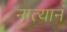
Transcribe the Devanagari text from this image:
नात्यानं